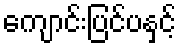
ကျောင်းပြင်ပနှင့်